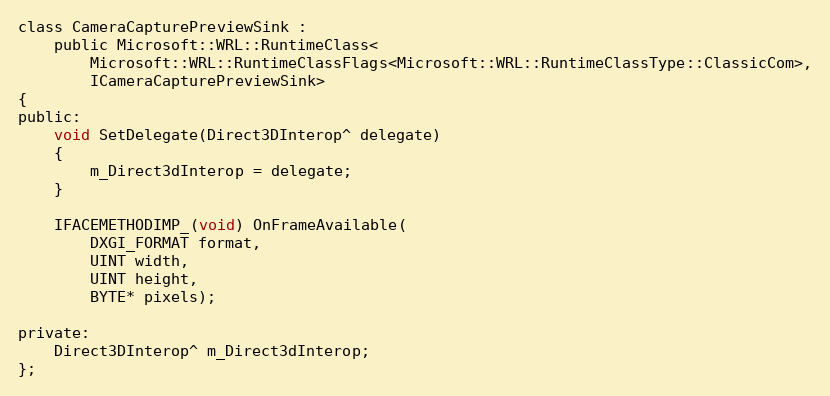
Language: C
class CameraCapturePreviewSink :
    public Microsoft::WRL::RuntimeClass<
        Microsoft::WRL::RuntimeClassFlags<Microsoft::WRL::RuntimeClassType::ClassicCom>,
        ICameraCapturePreviewSink>
{
public:
    void SetDelegate(Direct3DInterop^ delegate)
    {
        m_Direct3dInterop = delegate;
    }

    IFACEMETHODIMP_(void) OnFrameAvailable(
        DXGI_FORMAT format,
        UINT width,
        UINT height,
        BYTE* pixels);

private:
    Direct3DInterop^ m_Direct3dInterop;
};